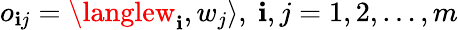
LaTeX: o_{\mathbf{i}j}=\langlew_{\mathbf{i}},w_{j}\rangle,~\mathbf{i},j=1,2,\ldots,m